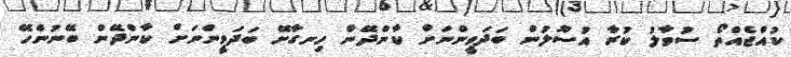
ކުއްޖެއްތޯ ސުވާލު ކުރާ އުސޫލުން ބަދަވީންނަށް ކާންދޭން ހިނގާށޭ ބަދަވީންނަށް ކާންދޭން ބޭނުންހޭ